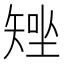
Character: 𥏧